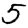
Digit: 5